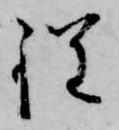
程